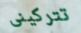
تتركينى